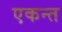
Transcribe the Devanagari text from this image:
एकन्त